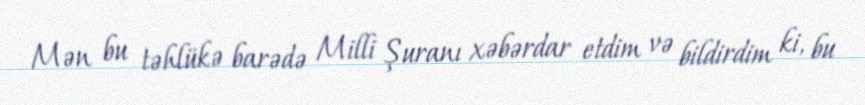
Mən bu təhlükə barədə Milli Şuranı xəbərdar etdim və bildirdim ki, bu